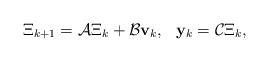
LaTeX: \begin{align*}\begin{matrix}\Xi_{k+1} = \mathcal{A}\Xi_k + \mathcal{B}\mathbf{v}_k,&\mathbf{y}_k = \mathcal{C}\Xi_k,\end{matrix}\end{align*}